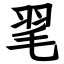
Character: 毣